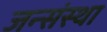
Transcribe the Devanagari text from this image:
जन्संस्था